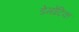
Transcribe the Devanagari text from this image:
डेमोटिक